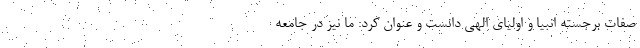
صفات برجسته انبیا و اولیای الهی دانست و عنوان کرد: ما نیز در جامعه